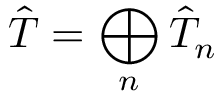
\hat { T } = \bigoplus _ { n } \hat { T } _ { n }